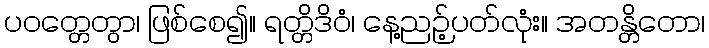
ပဝတ္တေတွာ၊ ဖြစ်စေ၍။ ရတ္တိဒိဝံ၊ နေ့ညဉ့်ပတ်လုံး။ အတန္တိတော၊